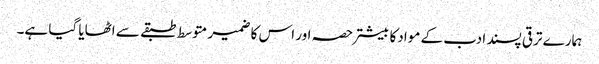
ہمارے ترقی پسند ادب کے موادکا بیشتر حصہ اور اس کا ضمیر متوسط طبقے سے اٹھایا گیا ہے۔